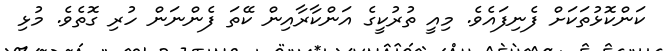
ކަންކޮޅުތަކަށް ފެނިފައެވެ. މިއީ ތުރުކީގެ އަންކާރާއިން ކޭތަ ފެންނަން ހުރި ގޮތެވެ. މުޅި